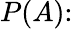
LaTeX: P(A){\mathrm{:}}